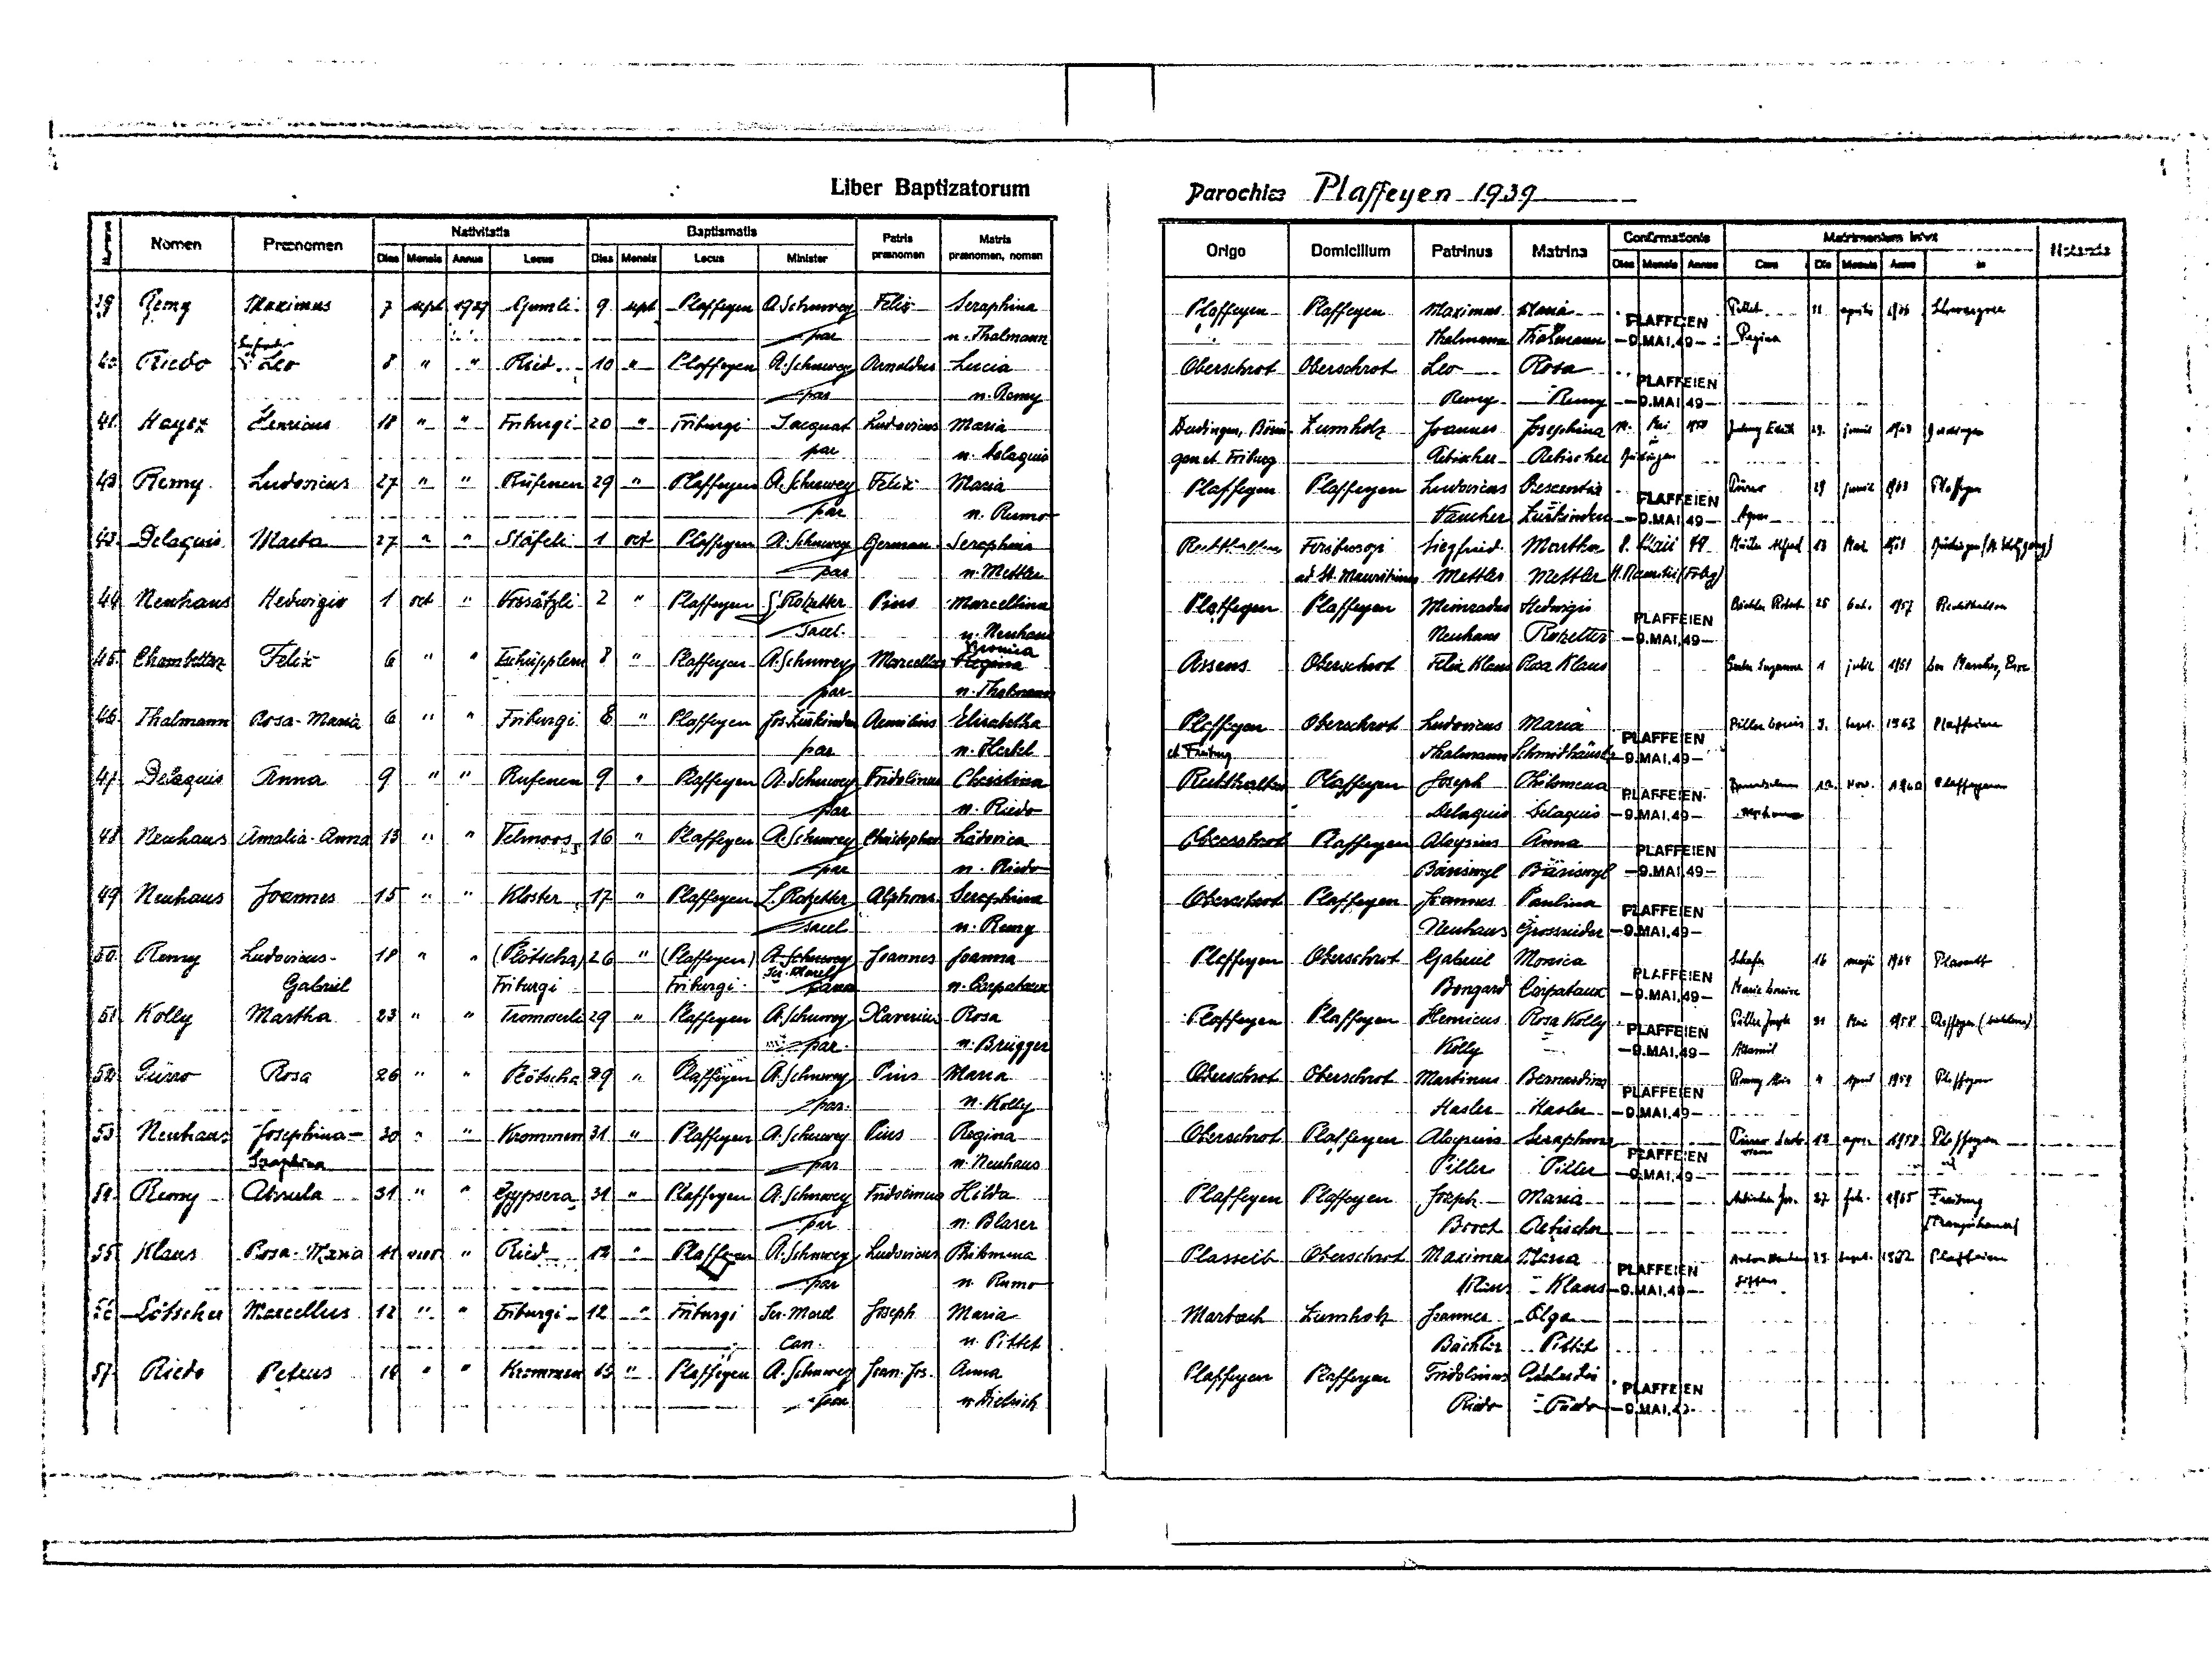
4
4
Liber Baptizatorum
Parochiae Plaffeyen 1939
Baptismatis
Nativitatis
Confirmationis
Matrimonium inivit
Patris
Matris
Numerus
Nomen
Praenomen
Matrina
Patrinus
Notanda
Origo
Domicilium
praenomen
praenomen, nomen
Dies
Mensis
Minister
Mensis
Dies
Locus
Annus
Locus
Annus
Mensis
in
Dies
Cum
Die
Anno
Mensis
Felix
39
9
Remy
Maximus
7
Gumli
Plaffeyen
Seraphina
sept
sept
A. Schuwey
1939
11
Maximus
Maria
Pittet
aprilis
Schwarzsee
1966
Plaffeyen
Plaffeyen
PLAFFEIEN
n. Thalmann
par
Regina
-9.MAI.49-
Thalmann
Thalmann
Siegfried
"
"
10
Lucia
40.
Ried
"
Riedo
8
Plaffeyen
Leo
A. Schuwey
Arnoldus
Oberschrot
Oberschrot
Rosa
Leo
PLAFFEIEN
par
n. Remy
Remy
Remy
-9.MAI.49-
*
*
*
20
Jacquat
41.
18
Friburgi
Maria
Henricus
Friburgi
Ludovicus
Hayoz
14.
Mai
Josephina
1950
1963
Zumholz
Joannes
29.
junii
Dudingen, Bösin-
Julmy Edith
Düdingen
in
par
n. Delaquis
Aebischer
Aebischer
Düdingen
gen et Friburg
"
"
"
27
42
Rufenen
29
Remy
Maria
Ludovicus
Plaffeyen
Felix
A. Schuwey
1963
Plaffeyen
Krescentia
Pürro
junii
Ludovicus
29
Plaffeyen
Plaffeyen
PLAFFEIEN
n. Rumo
par
-9.MAI.49-
Zurkinden
Agnes
Vaucher
"
"
1
43.
oct
Delaquis
27
Plaffeyen
A. Schuwey
Seraphina
Maii
Stäfeli
German.
49
Düdingen (St. Wolfgang)
Marta
Müller Alfred
1961
8.
13
Mai
Martha
Friburgi
Siegfried
Rechthalten
par
n. Mettler
HSt. Mauritii (Frbg)
Mettler
Mettler
et St. Mauritinus
"
44
Hedvigia
1
"
2
Pius

S. Rotzetter

oct
Neuhaus
Marcellina
26
Plaffeyen
Hedwigis
1957
Oct.
Frosätzli
Plaffeyen
Meinardus
Plaffeyen
PLAFFEIEN
sacer.
n. Neuhaus
Neuhaus
Rotzetter
-9.MAI.49-
Gromina
"
"
"
Felix
Plaffeyen
45.
Chambettaz
6
8
Tschüpplern
Marcellus
Regina
A. Schuwey
Felix Klaus
Rosa Klaus
Rossens
1961
Les Marches, Broc
Oberschrot
1
julii
Guter Suzanna
"
46.
8
"
6
"
Plaffeyen
Friburgi
Thalmann
Jos. Zurkinden
Rosa-Maria
Elisabetha
Aemilius
Ludovicus
9.
Sept.
Oberschrot
Piller Louis
Plaffeien
Maria
Plaffeyen
1963
PLAFFEIEN
par
n. Herbel
Thalmann
Schmidhäusler
et Friburg
-9.MAI.49-
"
Delaquis
47
"
"
Anna
Rufenen
9
Plaffeyen
9
Fridolinus
A. Schuwey
Plaffeyen
Christina
Philomena
10.
Joseph
Buntschu
Nov.
Rechthalten
Plaffeyen
1960
PLAFFEIEN
par
n. Riedo
Delaquis
Joseph----
-9.MAI.49-
Delaquis
"
Plaffeyen
Neuhaus
"
Telmoos
16
48
Anna
Amalia-Anna
"
13
A. Schuwey
Christopherus
Ludovica
Aloysius
Oberschrot
Plaffeyen
PLAFFEIEN
n. Riedo
par
Bäriswyl
-9.MAI.49-
Bäriswyl
"
49
"
"
15
Plaffeyen
Neuhaus
Kloster
17
L. Rotzetter
Joannes
Alphons.
Seraphina
Plaffeyen
Paulina
Oberschrot
Joannes
PLAFFEIEN
n. Remy
sacel
-9.MAI.49-
Neuhaus
Grossrieder
Ludovicus-
"
"
"
18
50.
A. Schuwey
Joanna
Schafer
(Plötscha)
Oberschrot
26
(Plaffeyen)
Joannes
Gabriel
Monica
PLaffeyen
16
maji
Plasselb
1964
PLAFFEIEN
Jer.Morel
Remy
Gabriel
Friburgi
n. Corpataux
Friburgi
paro
Bongard
Corpataux
Marie Louise
-9.MAI.49-
Martha
51
"
"
"
Plaffeyen
Kolly
Rosa
23
Tromoserli
A. Schuwey
29
Plaffeyen
Henricus
Rosa Kolly
Xaverius
Plaffeyen
1958
Mai
Plaffeyen (----)
Piller Joseph
31
PLAFFEIEN
n. Brügger
par.
Kolly
-9.MAI.49-
Alterswil
Rosa
Oberschrot
Maria
"
Plaffeyen
Pürro
"
Pius
26
"
Plötscha
29
52
Oberschrot
Bernardina
Martinus
4
A. Schuwey
April
Plaffeyen
1959
Remy Alois
PLAFFEIEN
n. Kolly
par.
Hasler
Hasler
-9.MAI.49-
"
Josephina-
Regina
Neuhaus
53.
31
"
Plaffeyen
"
Krommen
A. Schuwey
Pius
30
Seraphina
Aloysius
Plaffeyen
Oberschrot
apr.
1958
12
Plaffeyen
Pürro Ludo-
vicus
PLAFFEIEN
Seraphina
par
n. Neuhaus
Piller
Piller
-9.MAI.49-
"
"
31
31
"
Hilda
Fridolinus
Gypsera
54.
Alsula
Plaffeyen

Remy
A. Schuwey
1965
Freiburg
Joseph
Aebischer Ser.
febr.
Plaffeyen
Plaffeyen
n. Blaser
par
(Franzikaner)
Broch
Aebischere
11
"
Ludovicus
Rosa-Maria
Ried
A. Schuwey
"
12
Philomena
Plaffeyen
nov
Maximus
55
Klaus
Plasselb
Oberschrot
Plaffeien
Maria
Sept.
Anton Neuhaus
1962
29.
PLAFFEIEN
Giffers
n. Rumo
par
Klaus
Klaus
-9.MAI.49-
"
"
"
12
12
Marcellus
Maria
56
Friburgi
Friburgi
Joseph
Lötscher
Olga
Ser. Morel
Joannes
Marbach
Zumholz
Can.
Bächler
Pittet
"
Krommen
"
"
Anna
Joan.Jos
Petrus
57.
14
16
Riedo
A. Schuvey
Plaffeien
Fridolinus
Adelhaidia
Plaffeyen
Plaffeyen
PLAFFEIEN
par
n. Dietrich
Riedo
Riedo
-9.MAI.49-